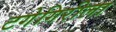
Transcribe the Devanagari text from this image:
टगेगिरीला